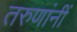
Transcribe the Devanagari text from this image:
तरुणांनीं